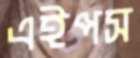
এইপস